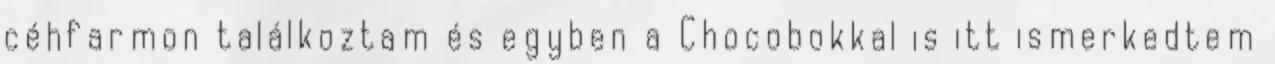
céhfarmon találkoztam és egyben a Chocobokkal is itt ismerkedtem